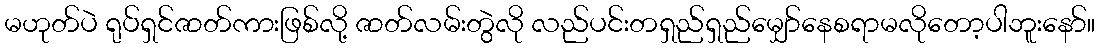
မဟုတ်ပဲ ရုပ်ရှင်ဇာတ်ကားဖြစ်လို့ ဇာတ်လမ်းတွဲလို လည်ပင်းတရှည်ရှည်မျှော်နေစရာမလိုတော့ပါဘူးနော်။